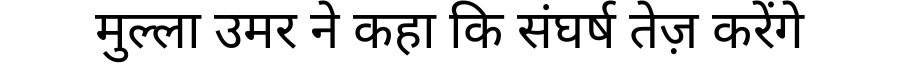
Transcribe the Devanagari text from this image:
मुल्ला उमर ने कहा कि संघर्ष तेज़ करेंगे